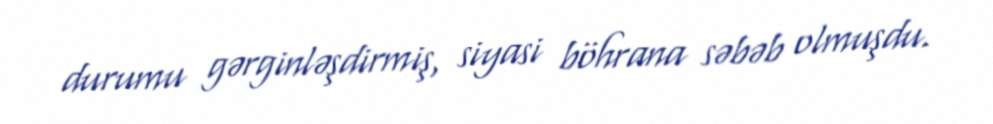
durumu gərginləşdirmiş, siyasi böhrana səbəb olmuşdu.